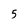
Character: 5